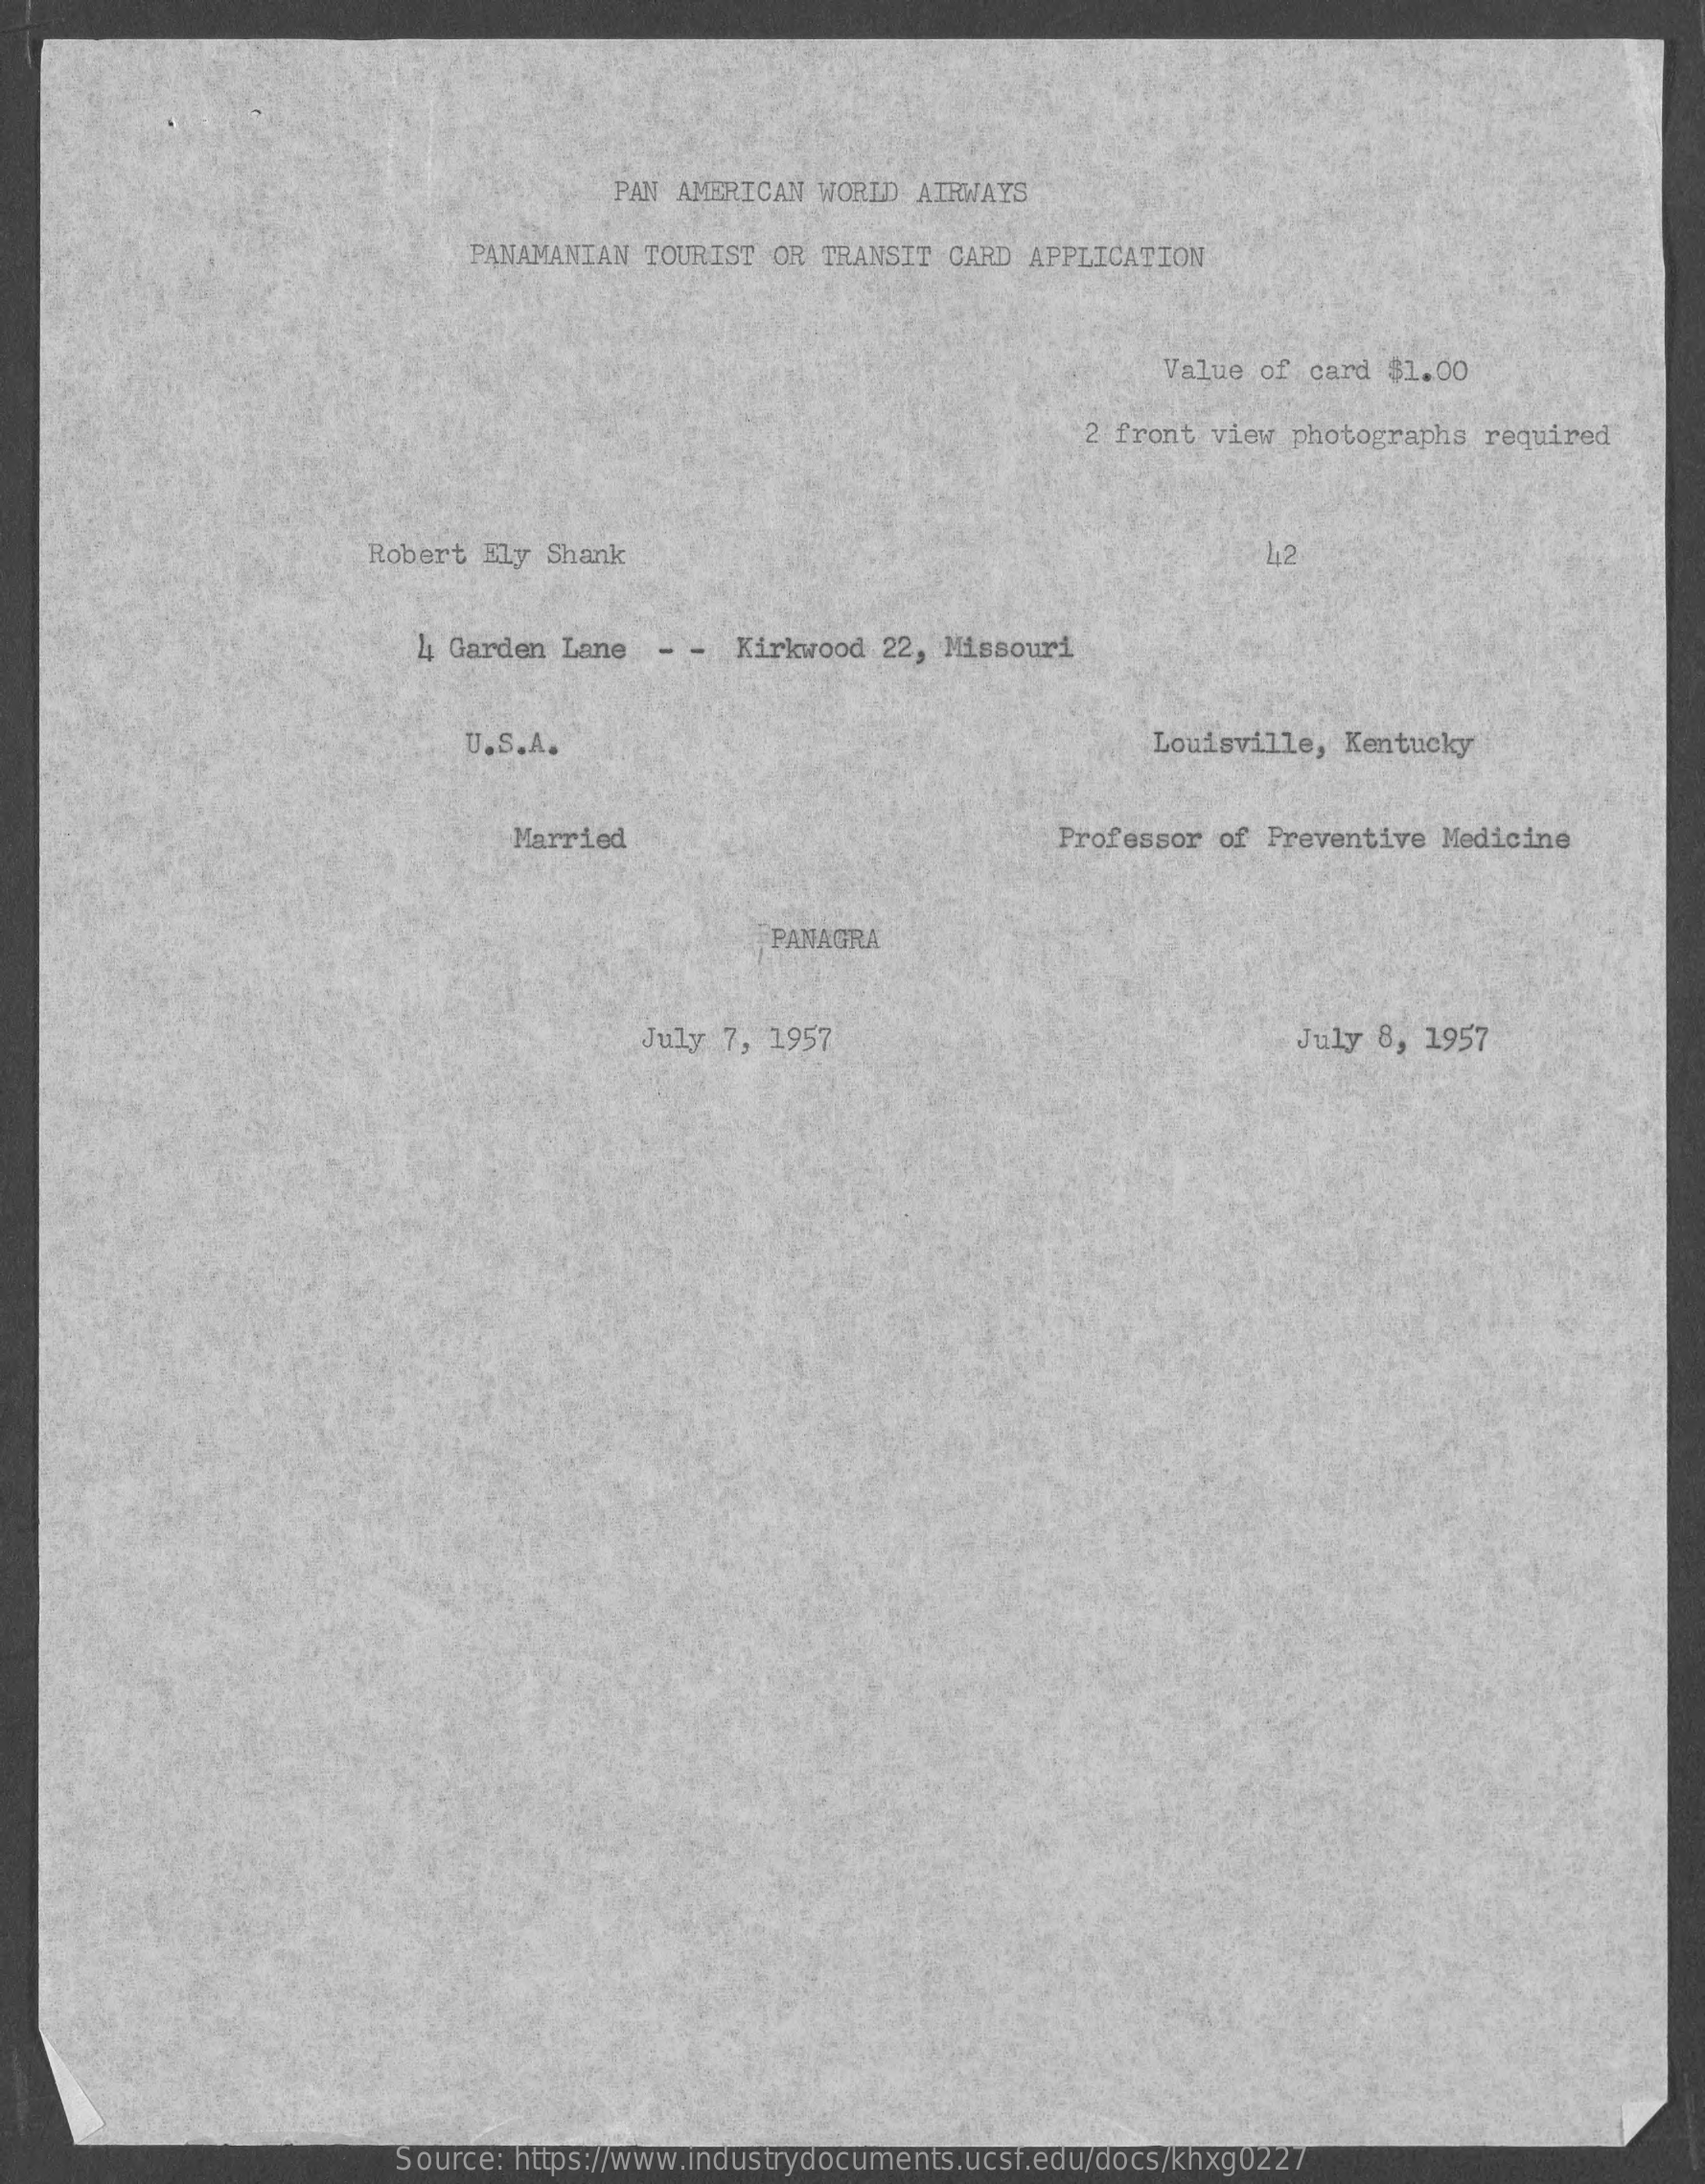
PAN AMERICAN WORLD AIRWAYS
     PANAMANIAN TOURIST OR TRANSIT  CARD APPLICATION
     Value  of card $1.00
     2 front view  photographs required
     Robert Ely  Shank    412
     4 Garden Lane   - -  Kirkwood 22, Missouri
     U.S.A.    Louisville, Kentucky
     Married    Professor of Preventive Medicine
     PANAGRA
     July 7, 1957    July 8, 1957
     Source: https://www.industrydocuments.ucsf.edu/docs/khxg0227